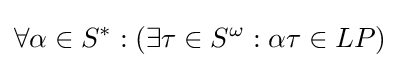
\forall \alpha \in S^{*}:(\exists \tau \in S^{\omega }:\alpha \tau \in LP)